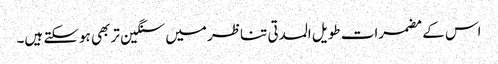
اس کے مضمرات طویل المدتی تناظر میں سنگین تر بھی ہوسکتے ہیں۔